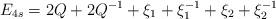
LaTeX: \begin{align*}E_{4s}=2Q+2Q^{-1}+\xi _{1}+\xi _{1}^{-1}+\xi _{2}+\xi _{2}^{-1}\end{align*}